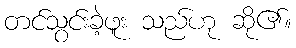
တင်သွင်းခဲ့ဖူး သည်ဟု ဆို၏။